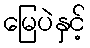
မြေပဲနှင့်